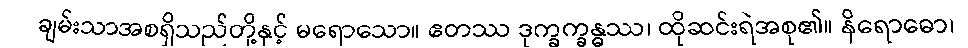
ချမ်းသာအစရှိသည်တို့နှင့် မရောသော။ ဧတဿ ဒုက္ခက္ခန္ဓဿ၊ ထိုဆင်းရဲအစု၏။ နိရောဓော၊